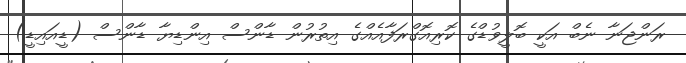
ރަންޖަނާ ނެބް އަކީ ބޮލީވުޑްގެ ކޮރިއޮގްރަފާއެއްގެ އިތުރުން ޑާންސް އިންޑިޔާ ޑާންސް (ޑީއައިޑީ)